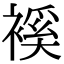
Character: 䙎